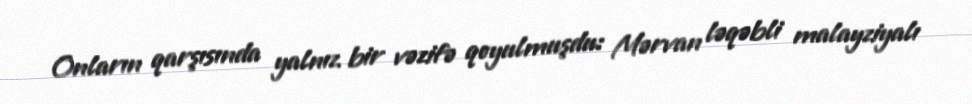
Onların qarşısında yalnız bir vəzifə qoyulmuşdu: Mərvan ləqəbli malayziyalı